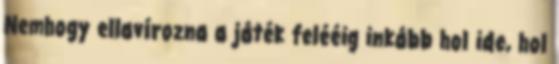
Nemhogy ellavírozna a játék felééig inkább hol ide, hol